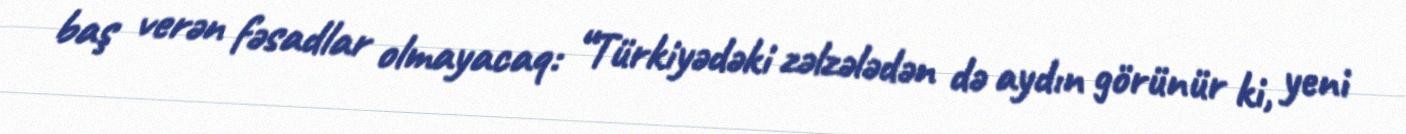
baş verən fəsadlar olmayacaq: “Türkiyədəki zəlzələdən də aydın görünür ki, yeni